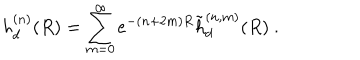
h _ { d } ^ { ( n ) } ( R ) = \sum _ { m = 0 } ^ { \infty } e ^ { - ( n + 2 m ) R } \tilde { h } _ { d } ^ { ( n , m ) } ( R ) \ .